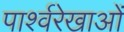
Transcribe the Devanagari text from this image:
पार्श्वरेखाओं